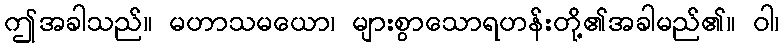
ဤအခါသည်။ မဟာသမယော၊ များစွာသောရဟန်းတို့၏အခါမည်၏။ ဝါ၊